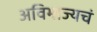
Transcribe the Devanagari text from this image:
अविभाज्यचं